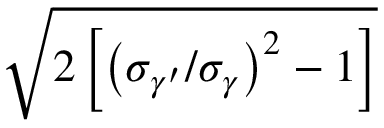
\sqrt { 2 \left[ \left( \sigma _ { \gamma ^ { \prime } } / \sigma _ { \gamma } \right) ^ { 2 } - 1 \right] }